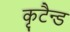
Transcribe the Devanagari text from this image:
कृटैन्ड